Vaccination North-Western Provinces 1866-1877 - 1866-1877
Year: 1866
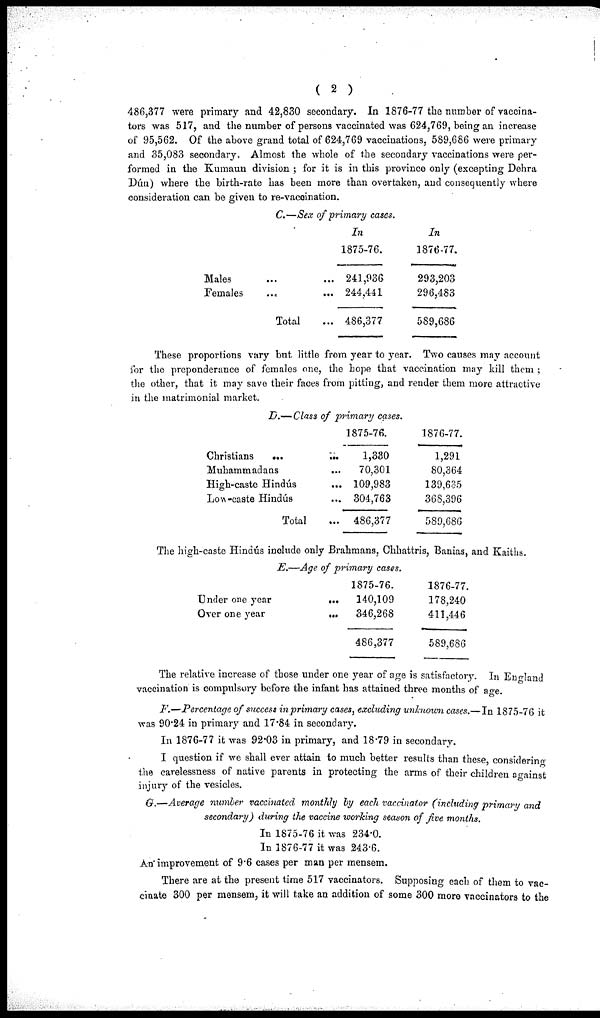
( 2 )
486,377 were primary and 42,830 secondary. In 1876-77 the number of vaccina-
tors was 517, and the number of persons vaccinated was 624,769, being an increase
of 95,562. Of the above grand total of 624,769 vaccinations, 589,686 were primary
and 35,083 secondary, Almost the whole of the secondary vaccinations were per-
formed in the Kumaun division ; for it is in this province only (excepting Dehra
Dún) where the birth-rate has been more than overtaken, and consequently where
consideration can be given to re-vaccination.
C.—Sex of primary cases.
Males ... ...
Females ... ...
Total ... ...
In
1875-76.
241,936
244,441
486,377
In
1876-77.
293,203
296,483
589,686
These proportions vary but little from year to year. Two causes may account
for the preponderance of females one, the hope that vaccination may kill them ;
the other, that it may save their faces from pitting, and render them more attractive
in the matrimonial market.
D.— Class of primary cases.
Christians
...
...
Muhammadans ...
High-caste Hindús ...
Low-caste Hindús ...
Total ...
1875-76.
1,330
70,301
109,983
304,763
486,377
1876-77.
1,291
80,364
139,635
36S,396
589,686
The high-caste Hindús include only Brahmans, Chhattris, Banias, and Kaiths.
E.—Age of primary cases.
Under one year
...
Over one year
...
1875-76.
140,109
346,268
486,377
1876-77.
178,240
411,446
589,686
The relative increase of those under one year of age is satisfactory. In England
vaccination is compulsory before the infant has attained three months of age.
F.—Percentage of success in primary cases, excluding unknown cases.—In 1875-76 it
was 90.24 in primary and 17.84 in secondary.
In 1876-77 it was 92.03 in primary, and 18.79 in secondary.
I question if we shall ever attain to much better results than these, considering
the carelessness of native parents in protecting the arms of their children against
injury of the vesicles.
G.—Average number vaccinated monthly by each vaccinator (including primary and
secondary) during the vaccine working season of five months.
In 1875-76 it was 234.0.
In 1876-77 it was 243.6.
An improvement of 9.6 cases per man per mensem.
There are at the present time 517 vaccinators. Supposing each of them to vac-
ciuate 300 per mensem, it will take an addition of some 300 more vaccinators to the